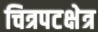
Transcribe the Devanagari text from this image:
चित्रपटक्षेत्र